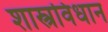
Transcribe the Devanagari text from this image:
शास्त्रविधान